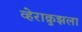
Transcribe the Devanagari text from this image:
व्हेराक्रुझला